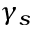
\gamma _ { s }